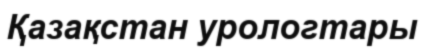
Қазақстан урологтары